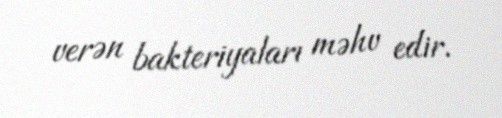
verən bakteriyaları məhv edir.